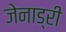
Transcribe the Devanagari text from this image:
जेनाड्री